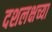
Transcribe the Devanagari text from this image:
दशलक्षच्या